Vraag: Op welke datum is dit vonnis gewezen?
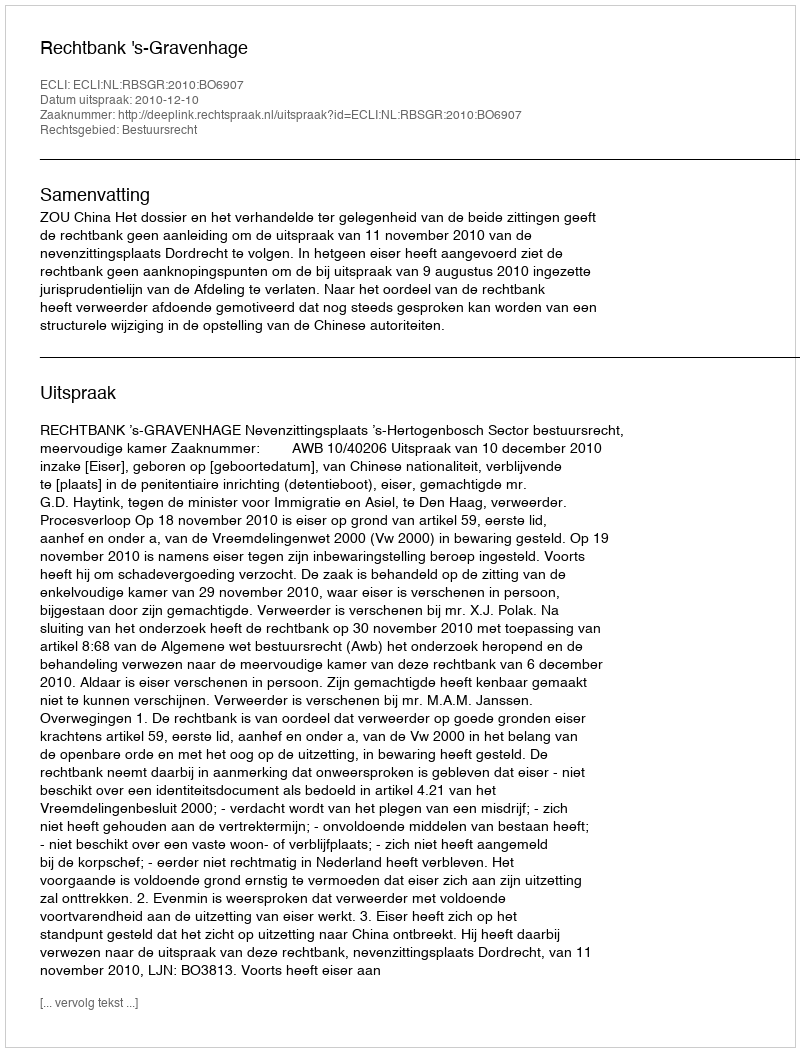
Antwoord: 2010-12-10